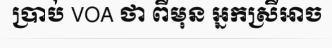
ប្រាប់ VOA ថា ពីមុន អ្នកស្រីអាច